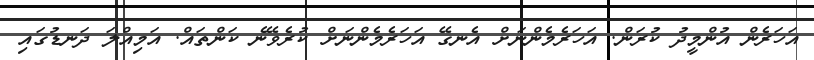
އަހަރެން އުންމީދު ކުރަން. އަހަރެމެންނަށް އެނގޭ އަހަރެމެންނަށް ކުރެވޭނެ ކަންތައް. އަމިއްލަ ދަނޑުގައި